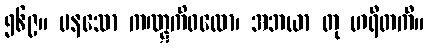
၅၆၉။ ပနသော ကဏ္ဋကိဖလော၊ အဘယာ တု ဟရီတကီ။